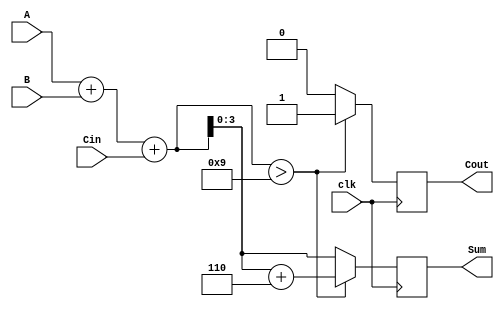
module BCD_Synchronous_Adder (
    input  wire [3:0] A,      // First BCD digit (0-9)
    input  wire [3:0] B,      // Second BCD digit (0-9)
    input  wire Cin,          // Carry-in
    input  wire clk,          // Clock input
    output reg  [3:0] Sum,    // BCD Sum output (0-9)
    output reg  Cout          // Carry-out
);

    reg [4:0] S; // Intermediate sum (5 bits to accommodate carry)

    always @(posedge clk) begin
        // Step 1: Compute the initial sum
        S = A + B + Cin;

        // Step 2: Check if BCD correction is needed
        if (S > 9) begin
            S = S + 5'b00110; // Add 6 (0110 in binary) for BCD correction
            Cout = 1;         // Set carry-out
        end else begin
            Cout = 0;         // No carry-out
        end
        
        // Step 3: Assign the corrected sum to the output
        Sum = S[3:0]; // Only the lower 4 bits are taken as the BCD result
    end

endmodule